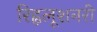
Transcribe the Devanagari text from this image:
रिह्वलूशनरी